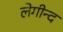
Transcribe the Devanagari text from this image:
लेगीन्द